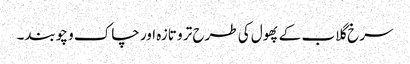
سرخ گلاب کے پھول کی طرح تر و تازہ اور چاک و چوبند۔